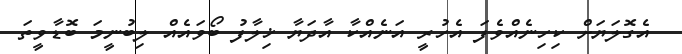
އެގޮލަޔަށް ކިހިނެއްވެފަ އެހުރީ އަނެއްކާ އާދަޔާ ޚިލާފު ބޯވައެއް ލިބުނީމަ ބޮޑާވީތަ